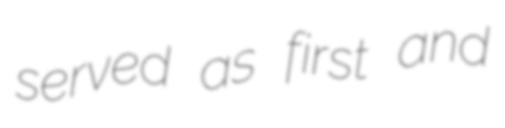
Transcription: served as first and